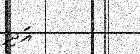
އަދި